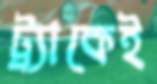
ট্র্যাকেই